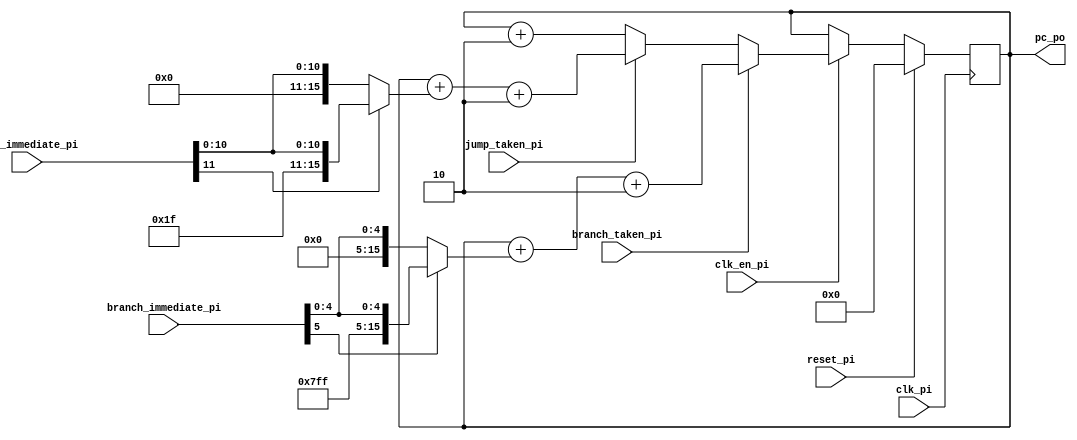
/*
 * Module: program_counter
 * Description: Program counter.
 *              Synchronously clear the program counter when "reset" and "clk_en" are asserted at a positive clock edge.
 *              Default action: increment the program counter by 2 (size of an instruction in bytes) every cycle unless halted.
 *              If a taken branch or jump is asserted: update the  program counter to the target address instead 
 *                                                    Target Address is PC + 2 + Sign-extended immediate value 
 *              Return the updated PC value in the output port signal "pc_po".
 * 
 */

module program_counter (
		input 	      clk_pi,
		input 	      clk_en_pi,
		input 	      reset_pi,
		
		input 	      branch_taken_pi,
		input [5:0]   branch_immediate_pi, // Needs to be sign extended		
		input 	      jump_taken_pi,
		input [11:0]  jump_immediate_pi, // Needs to be sign extended
			
		output [15:0] pc_po
		);

   	reg [15:0] 		      PC;  // Program Counter   
	assign pc_po = PC;
	initial
	PC <= 16'hFFFF;  // Do not remove. Assumed by the Testbench.

	wire[15:0] signextended_branch = branch_immediate_pi[5] ? {10'b1111111111, branch_immediate_pi} : {10'b0, branch_immediate_pi};
	wire[15:0] signextended_jump = jump_immediate_pi[11] ? {4'b1111, jump_immediate_pi} : {4'b0, jump_immediate_pi};
	always @(posedge clk_pi ) begin
		if (reset_pi) begin
			PC <= 0;
		end else begin
			if (clk_en_pi) begin
				if (branch_taken_pi) begin
					PC <= PC + signextended_branch + 2;
				end else if (jump_taken_pi) begin
					PC <= PC + signextended_jump + 2;
				end else
					PC <= PC + 2;
			end
		end
	end
   

endmodule